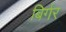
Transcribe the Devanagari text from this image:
बिर्गर